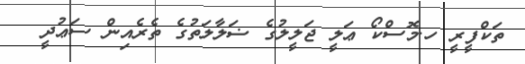
ތަކްފީރީ ހ.މޮސްކޯ ޢަލީ ޖަލީލުގެ ޟަލާލަތުގެ ތެރެއިން ސަޢުދީ